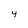
Character: 4